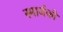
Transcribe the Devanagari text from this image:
स्मार्थको